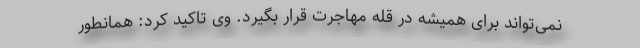
نمی‌تواند برای همیشه در قله مهاجرت قرار بگیرد. وی تاکید کرد: همانطور